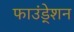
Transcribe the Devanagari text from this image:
फाउंडे्शन